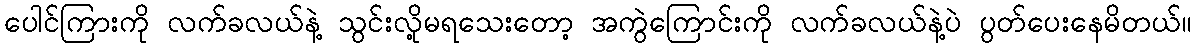
ပေါင်ကြားကို လက်ခလယ်နဲ့ သွင်းလို့မရသေးတော့ အကွဲကြောင်းကို လက်ခလယ်နဲ့ပဲ ပွတ်ပေးနေမိတယ်။